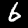
Label: 6